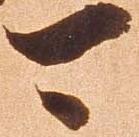
可